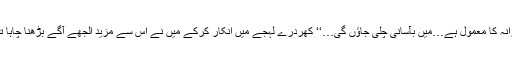
’’نو تھینکس…یہ میرا روزانہ کا معمول ہے…میں بآسانی چلی جاؤں گی…‘‘ کھردرے لہجے میں انکار کرکے میں نے اس سے مزید الجھے آگے بڑھنا چاہا تو اس کی بات پر رک گئی۔